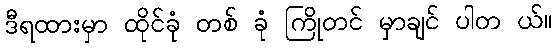
ဒီရထားမှာ ထိုင်ခုံ တစ် ခုံ ကြိုတင် မှာချင် ပါတ ယ်။